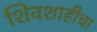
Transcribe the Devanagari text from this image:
शिवशाहीचा